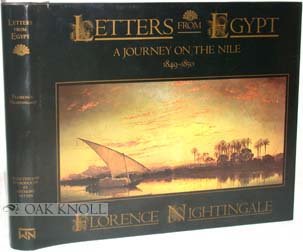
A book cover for Letters from Egypt: A journey on the Nile, 1849-1850; Florence Nightingale; Travel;